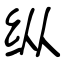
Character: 纵